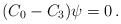
\begin{align*} (C_0 - C_3)\psi = 0 \,.\end{align*}